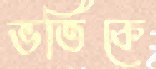
ভর্তিকে